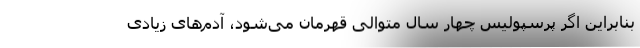
بنابراین اگر پرسپولیس چهار سال متوالی قهرمان می‌شود، آدم‌های زیادی